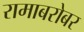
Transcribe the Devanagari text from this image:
रामाबरोबर